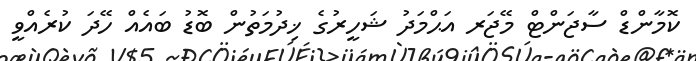
ކޮމާންޑް ސާޖަންޓް މޭޖަރ އަޙްމަދު ޝަހީރުގެ ޚިދުމަތުން ބޮޑު ބައެއް ހޭދަ ކުރެއްވީ